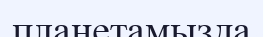
планетамызда